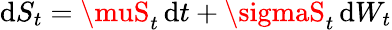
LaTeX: \mathrm{d}S_{t}=\muS_{t}\, \mathrm{d}t+\sigmaS_{t}\, \mathrm{d}W_{t}